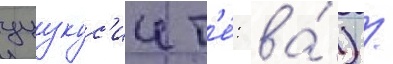
уцукус'ии т'е́: ва́) /